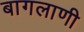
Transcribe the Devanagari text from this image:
बागलाणी